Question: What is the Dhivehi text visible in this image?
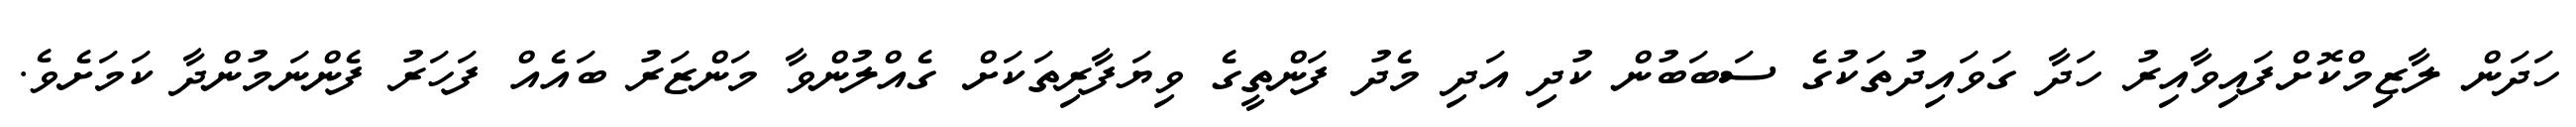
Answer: ހަދަން ލާޒިމްކޮށްފައިވާއިރު ހަދާ ގަވައިދުތަކުގެ ސަބަބުން ކުދި އަދި މެދު ފަންތީގެ ވިޔަފާރިތަކަށް ގެއްލުންވާ މަންޒަރު ބައެއް ފަހަރު ފެންނަމުންދާ ކަމަށެވެ.